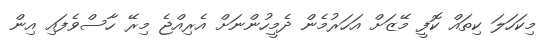
މިކަހަލަ ކިތައް ކޮފީ މޭޒަށް އަހަރުމެން ދެމީހުންނަށް އެރިއްޖެ މިރޭ ހާސްވެފައި އިން